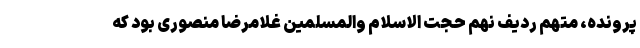
پرونده، متهم ردیف نهم حجت الاسلام والمسلمین غلامرضا منصوری بود که